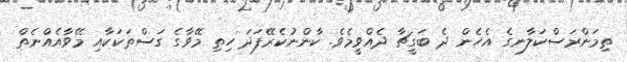
ތިމަންރަސްކަލާނގެ އެހެން ދެ ބަގީޗާ ދެއްވީމެވެ. ކާންނުކެރޭފަދަ ހިތި މޭވާގެ ގަސްތަކަކާއި މޭވާއެއްނެތް